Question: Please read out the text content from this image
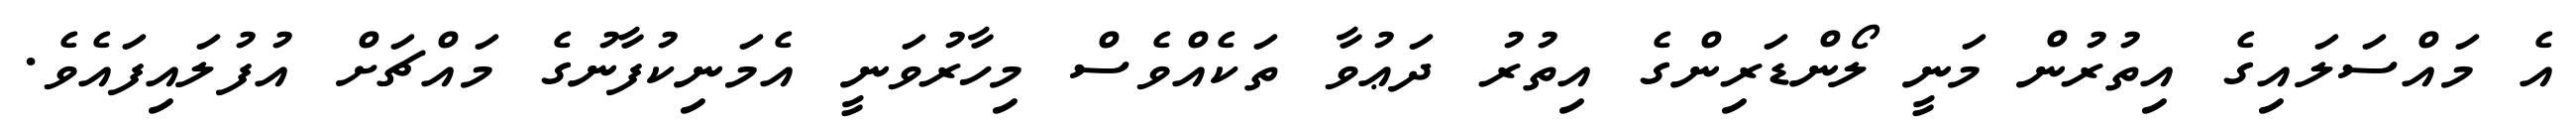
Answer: އެ މައްސަލައިގެ އިތުރުން މަނީ ލޯންޑަރިންގެ އިތުރު ދަޢުވާ ތަކެއްވެސް މިހާރުވަނީ އެމަނިކުފާނުގެ މައްޗަށް އުފުލައިފައެވެ.